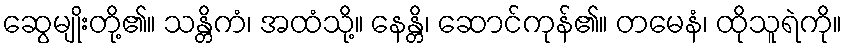
ဆွေမျိုးတို့၏။ သန္တိကံ၊ အထံသို့။ နေန္တိ၊ ဆောင်ကုန်၏။ တမေနံ၊ ထိုသူရဲကို။